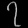
Digit: ၇